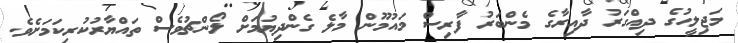
މަޖިލީހުގެ ދިއްގަރު ދާއިރާގެ މެންބަރު ފާރިސް މައުމޫން މާލެ ގެންދިޔުމަށް ލޯންޗުވެސް ތައްޔާރުކުރިކަމަށެވެ.